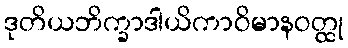
ဒုတိယဘိက္ခာဒါယိကာဝိမာနဝတ္ထု